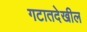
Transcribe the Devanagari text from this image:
गटातदेखील